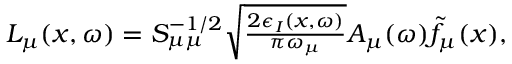
\begin{array} { r } { L _ { \mu } ( x , \omega ) = S _ { \mu \mu } ^ { - 1 / 2 } \sqrt { \frac { 2 \epsilon _ { I } ( x , \omega ) } { \pi \omega _ { \mu } } } A _ { \mu } ( \omega ) \tilde { f } _ { \mu } ( x ) , } \end{array}